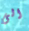
الى